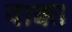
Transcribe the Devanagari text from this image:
वाक्का